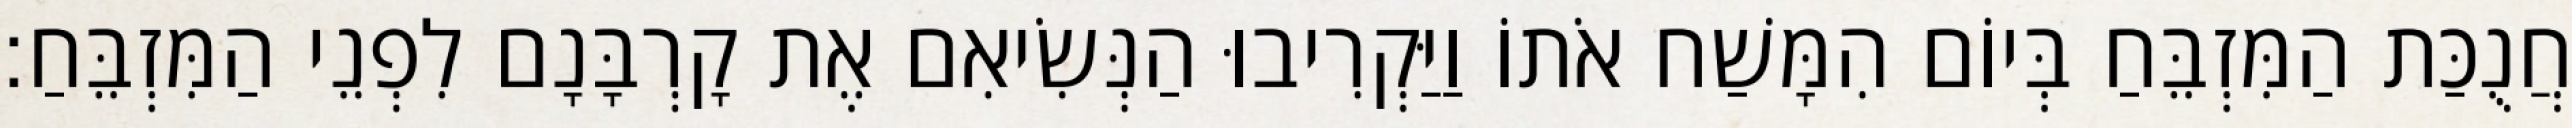
חֲנֻכַּת הַמִּזְבֵּחַ בְּיוֹם הִמָּשַׁח אֹתוֹ וַיַּקְרִיבוּ הַנְּשִׂיאִם אֶת קָרְבָּנָם לִפְנֵי הַמִּזְבֵּחַ׃